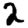
Digit: 2